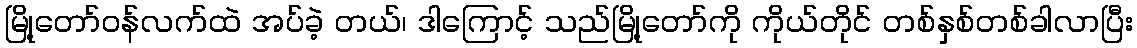
မြို့တော်ဝန်လက်ထဲ အပ်ခဲ့ တယ်၊ ဒါကြောင့် သည်မြို့တော်ကို ကိုယ်တိုင် တစ်နှစ်တစ်ခါလာပြီး